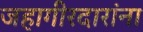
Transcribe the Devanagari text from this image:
जहागीरदारांना